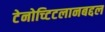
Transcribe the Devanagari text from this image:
टेनोच्टिटलानबद्दल